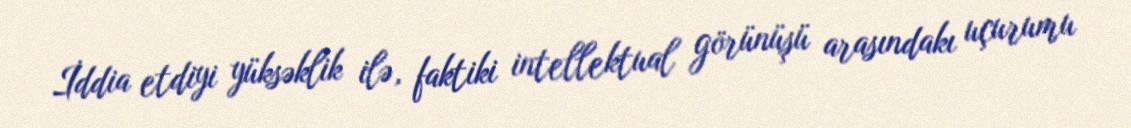
İddia etdiyi yüksəklik ilə, faktiki intellektual görünüşü arasındakı uçurumu